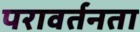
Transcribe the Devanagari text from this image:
परावर्तनता